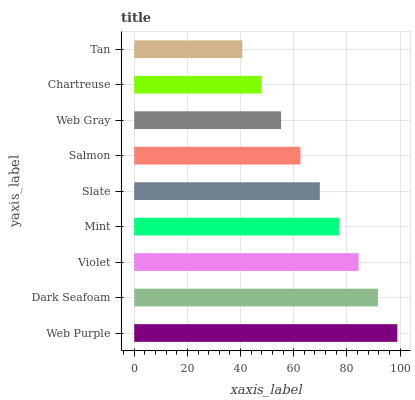
| yaxis_label | bars |
 | --- | --- |
 | Web Purple | 99 |
 | Dark Seafoam | 91.7 |
 | Violet | 84.4 |
 | Mint | 77.1 |
 | Slate | 69.8 |
 | Salmon | 62.5 |
 | Web Gray | 55.2 |
 | Chartreuse | 48 |
 | Tan | 40.7 |